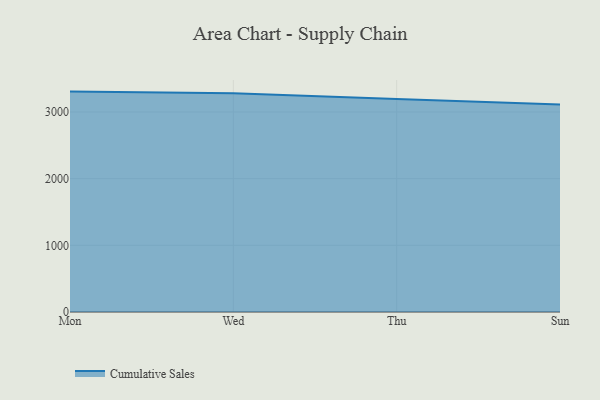
{"axis": {"x": "Day", "y": "Satisfaction Score"}, "legend": ["Cumulative Sales"], "data": [{"x": "Mon", "y": 3305.4, "type": "Cumulative Sales"}, {"x": "Wed", "y": 3280.6, "type": "Cumulative Sales"}, {"x": "Thu", "y": 3195.1, "type": "Cumulative Sales"}, {"x": "Sun", "y": 3113.1, "type": "Cumulative Sales"}]}